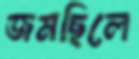
জমছিলে